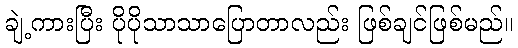
ချဲ့ကားပြီး ပိုပိုသာသာပြောတာလည်း ဖြစ်ချင်ဖြစ်မည်။